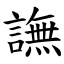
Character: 譕